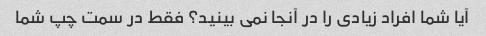
آیا شما افراد زیادی را در آنجا نمی بینید؟ فقط در سمت چپ شما